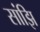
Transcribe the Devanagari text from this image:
सांझि